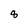
Character: 8